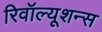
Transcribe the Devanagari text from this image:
रिवॉल्यूशन्स